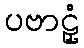
ပဗာဠှံ